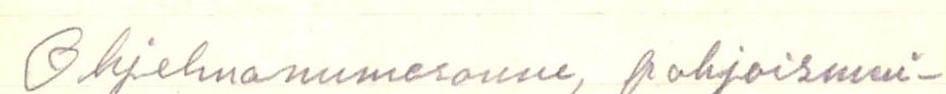
Ohjelmanumeronne, pohjoismai-